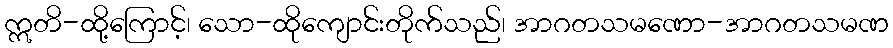
ဣတိ-ထို့ကြောင့်၊ သော-ထိုကျောင်းတိုက်သည်၊ အာဂတသမဏော-အာဂတသမဏ